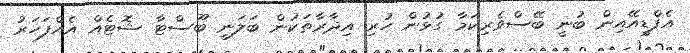
އެފްޑީއޭއިން ބުނީ ބޭސްވެރިކަމާ ގުޅުން ހުރި އިދާރާތަކުން ބަލަނީ ބޫސްޓާ ޝޮޓެއް އެއްފަހަރު